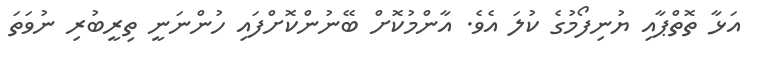
އަޅާ ތޮތްޕާއި ޔުނިފޯމުގެ ކުލަ އެވެ. އާންމުކޮށް ބޭނުންކޮށްފައި ހުންނަނީ ތިރީބުރި ނުވަތަ